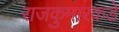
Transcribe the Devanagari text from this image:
राजकुमारकडे